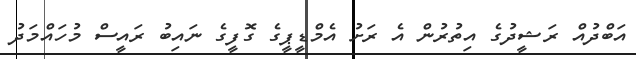
އަބްދުއް ރަޝީދުގެ އިތުރުން އެ ރަށު އެމްޑީޕީގެ ގޮފީގެ ނައިބު ރައީސް މުހައްމަދު